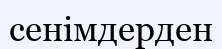
сенімдерден